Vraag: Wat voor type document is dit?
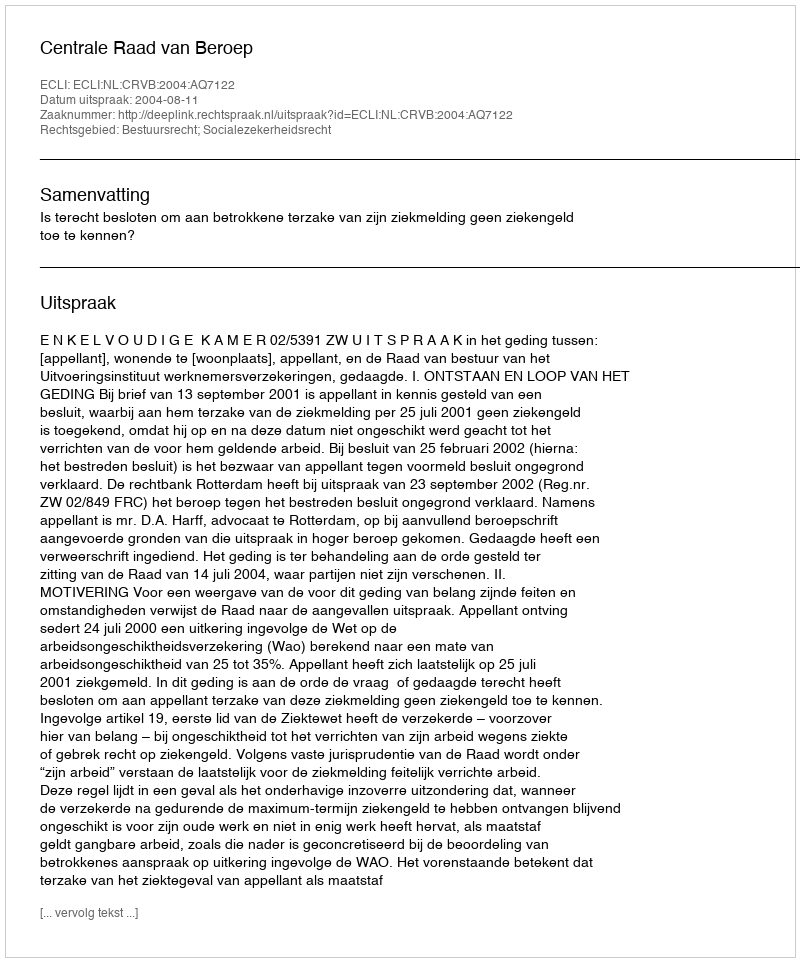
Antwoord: Uitspraak